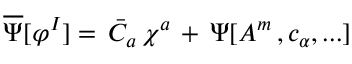
\overline { { \Psi } } [ \varphi ^ { I } ] = \, \bar { C } _ { a } \, \chi ^ { a } \, + \, \Psi [ A ^ { m } \, , c _ { \alpha } , . . . ]